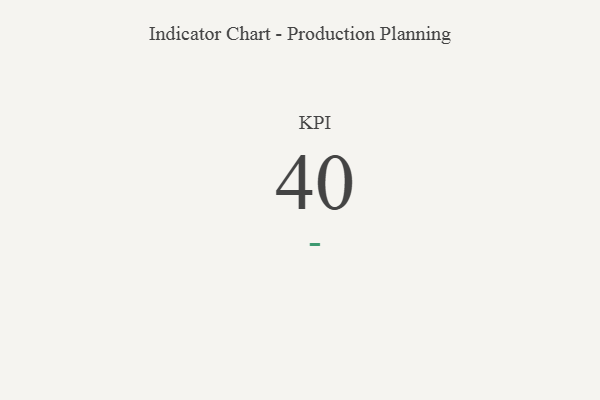
{"axis": {"x": "KPI", "y": "Value"}, "legend": [""], "data": [{"x": "KPI", "y": 40, "type": ""}]}